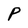
Character: P